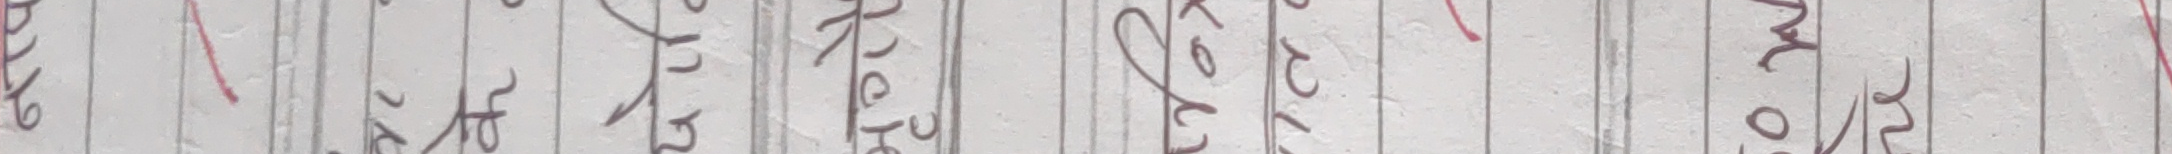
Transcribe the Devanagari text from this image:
शुरू गर